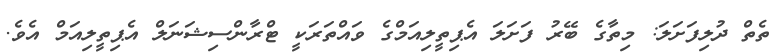
ތެތް ދުލިފަށަލަ: މިތާގެ ބޭރު ފަށަލަ އެޕިތީލިއަމްގެ ވައްތަރަކީ ޓްރާންސިޝަނަލް އެޕިތީލިއަމް އެވެ.